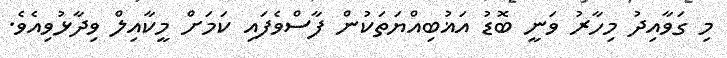
މި ގަވާއިދު މިހާރު ވަނީ ބޮޑު އަޣުބިއްޔަތަކުން ފާސްވެފައި ކަމަށް މީކާއިލް ވިދާޅުވިއެވެ.